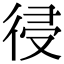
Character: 𢔀